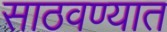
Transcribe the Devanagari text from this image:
साठवण्यात